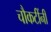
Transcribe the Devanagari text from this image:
चौकटींनी